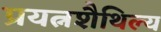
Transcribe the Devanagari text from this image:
प्रयत्नशैथिल्य